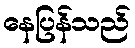
နေပြန်သည်